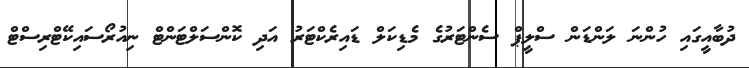
ދުބާއީގައި ހުންނަ ލަންޑަން ސްލީޕް ސެންޓަރުގެ މެޑިކަލް ޑައިރެކްޓަރު އަދި ކޮންސަލްޓަންޓް ނިއުރޯސައިކޭޓްރިސްޓް